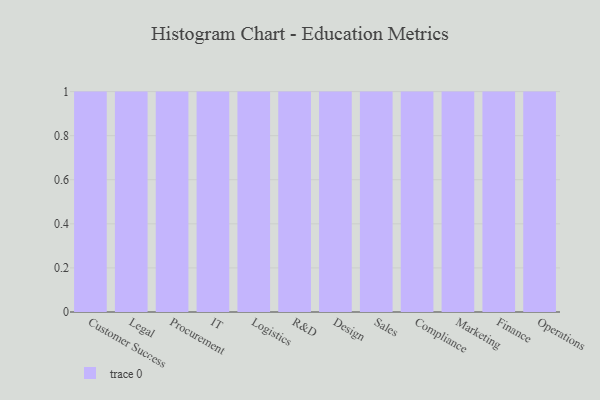
{"axis": {"x": "Department", "y": "Market Share (%)"}, "legend": [""], "data": [{"x": "Customer Success", "y": 72, "type": ""}, {"x": "Legal", "y": 69, "type": ""}, {"x": "Procurement", "y": 95, "type": ""}, {"x": "IT", "y": 59, "type": ""}, {"x": "Logistics", "y": 1, "type": ""}, {"x": "R&D", "y": 16, "type": ""}, {"x": "Design", "y": 49, "type": ""}, {"x": "Sales", "y": 56, "type": ""}, {"x": "Compliance", "y": 23, "type": ""}, {"x": "Marketing", "y": 82, "type": ""}, {"x": "Finance", "y": 45, "type": ""}, {"x": "Operations", "y": 50, "type": ""}]}